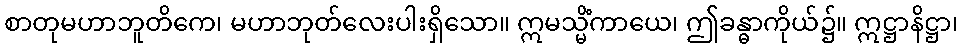
စာတုမဟာဘူတိကေ၊ မဟာဘုတ်လေးပါးရှိသော။ ဣမသ္မိံကာယေ၊ ဤခန္ဓာကိုယ်၌။ ဣဋ္ဌာနိဋ္ဌာ၊